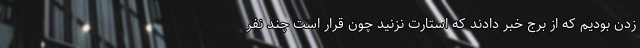
زدن بودیم که از برج خبر دادند که استارت نزنید چون قرار است چند نفر